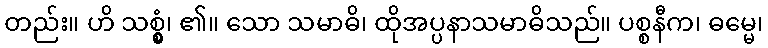
တည်း။ ဟိ သစ္စွံ၊ ၏။ သော သမာဓိ၊ ထိုအပ္ပနာသမာဓိသည်။ ပစ္စနီက၊ ဓမ္မေ၊